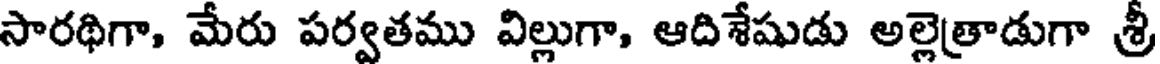
సారథిగా, మేరు పర్వతము విల్లుగా, ఆదిశేషుడు అల్లెత్రాడుగా శ్రీ